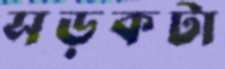
সড়কটা